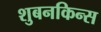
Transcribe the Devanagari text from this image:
शुबनकिन्स